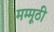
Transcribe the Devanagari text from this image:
मम्मूठी